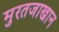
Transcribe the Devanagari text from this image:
मुरतजाखान